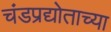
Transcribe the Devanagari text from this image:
चंडप्रद्योताच्या